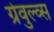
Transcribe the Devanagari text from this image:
ग्रेवुल्व्स